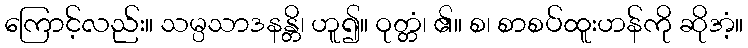
ကြောင့်လည်း။ သမ္ပသာဒနန္တိ၊ ဟူ၍။ ဝုတ္တံ၊ ၏။ စ၊ စာစပ်ထူးဟန်ကို ဆိုအံ့။